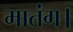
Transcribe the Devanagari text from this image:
मातंग।